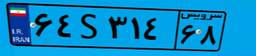
۶۴S۳۱۴۶۸